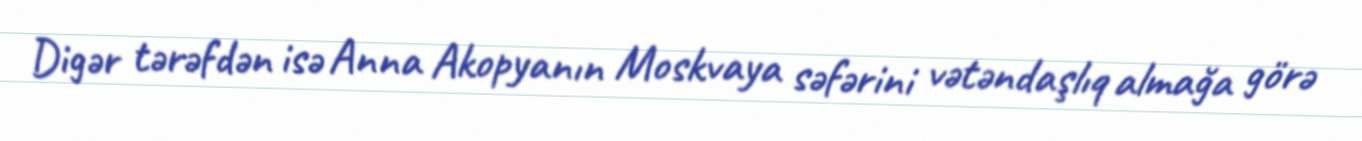
Digər tərəfdən isə Anna Akopyanın Moskvaya səfərini vətəndaşlıq almağa görə